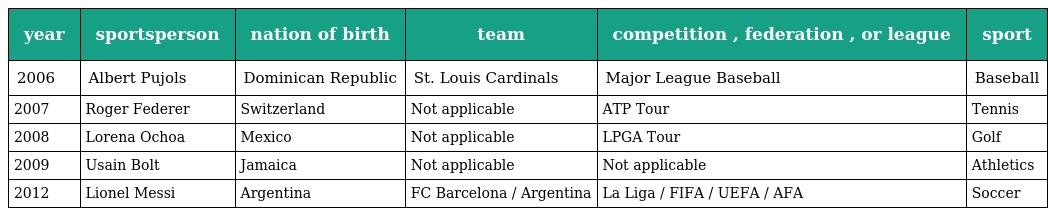
| year | sportsperson | nation of birth | team | competition , federation , or league | sport |
 | --- | --- | --- | --- | --- | --- |
 | 2006 | Albert Pujols | Dominican Republic | St. Louis Cardinals | Major League Baseball | Baseball |
 | 2007 | Roger Federer | Switzerland | Not applicable | ATP Tour | Tennis |
 | 2008 | Lorena Ochoa | Mexico | Not applicable | LPGA Tour | Golf |
 | 2009 | Usain Bolt | Jamaica | Not applicable | Not applicable | Athletics |
 | 2012 | Lionel Messi | Argentina | FC Barcelona / Argentina | La Liga / FIFA / UEFA / AFA | Soccer |